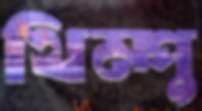
থিম্পু